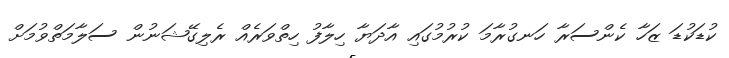
ކުޑަކުޑަ ޒަހާ ކެންސަރާ ހަނގުރާމަ ކުރުމުގައި އާދަޔާ ހިލާފު ހިތްވަރެއް ރެލިގޭޝަނުން ސަލާމަތްވުމަށް